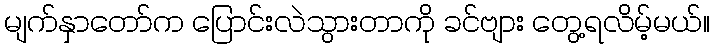
မျက်နှာတော်က ပြောင်းလဲသွားတာကို ခင်ဗျား တွေ့ရလိမ့်မယ်။